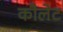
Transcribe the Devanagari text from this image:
कौलेट